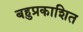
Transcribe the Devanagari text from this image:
बहुप्रकाशित